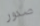
صدور